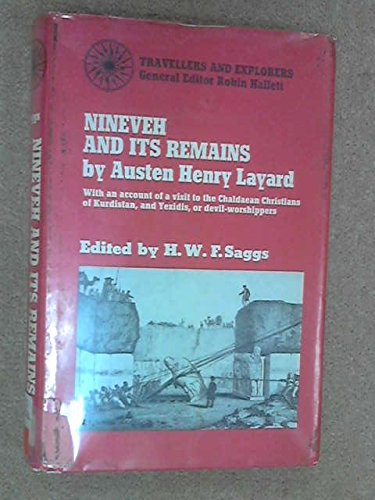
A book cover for Nineveh and Its Remains (Travellers & Explorers); Sir Austin Henry Layard; Travel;